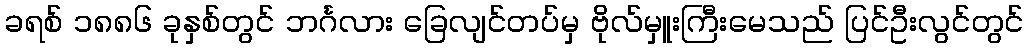
ခရစ် ၁၈၈၆ ခုနှစ်တွင် ဘင်္ဂလား ခြေလျင်တပ်မှ ဗိုလ်မှူးကြီးမေသည် ပြင်ဦးလွင်တွင်